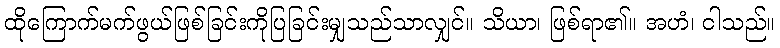
ထိုကြောက်မက်ဖွယ်ဖြစ်ခြင်းကိုပြခြင်းမျှသည်သာလျှင်။ သိယာ၊ ဖြစ်ရာ၏။ အဟံ၊ ငါသည်။